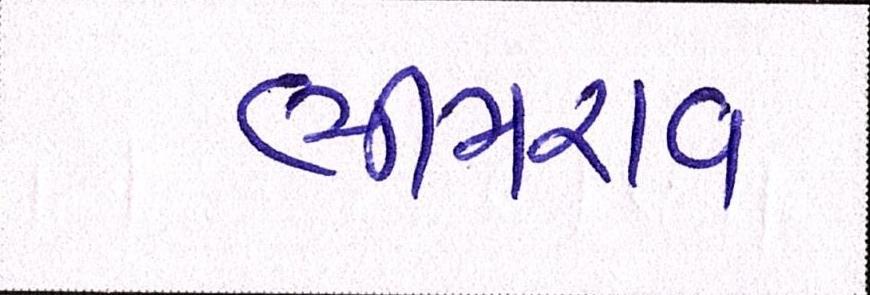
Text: ભીમરાવ